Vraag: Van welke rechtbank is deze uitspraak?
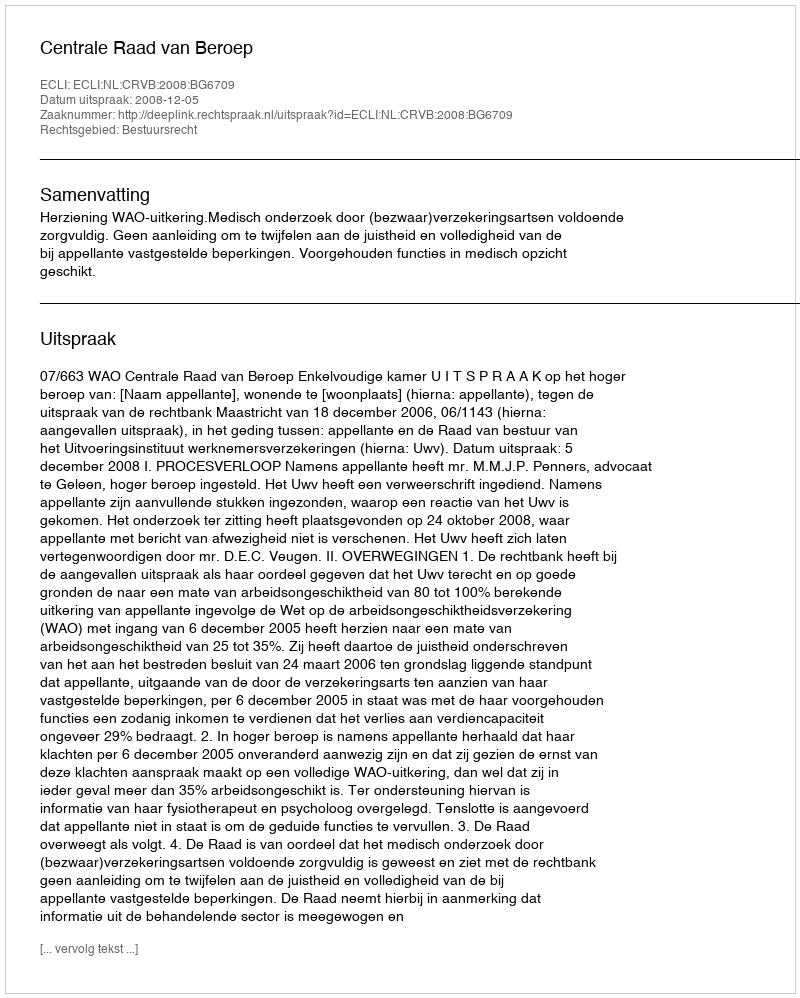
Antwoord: Centrale Raad van Beroep